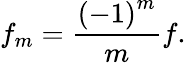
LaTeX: f_{m}=\frac{\left(-1\right)^{m}}{m}f.